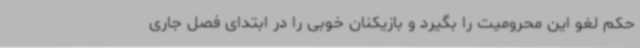
حکم لغو این محرومیت را بگیرد و بازیکنان خوبی را در ابتدای فصل جاری